Vaike-Kopu_(Puiatu)_vallavalitsus, lk 32
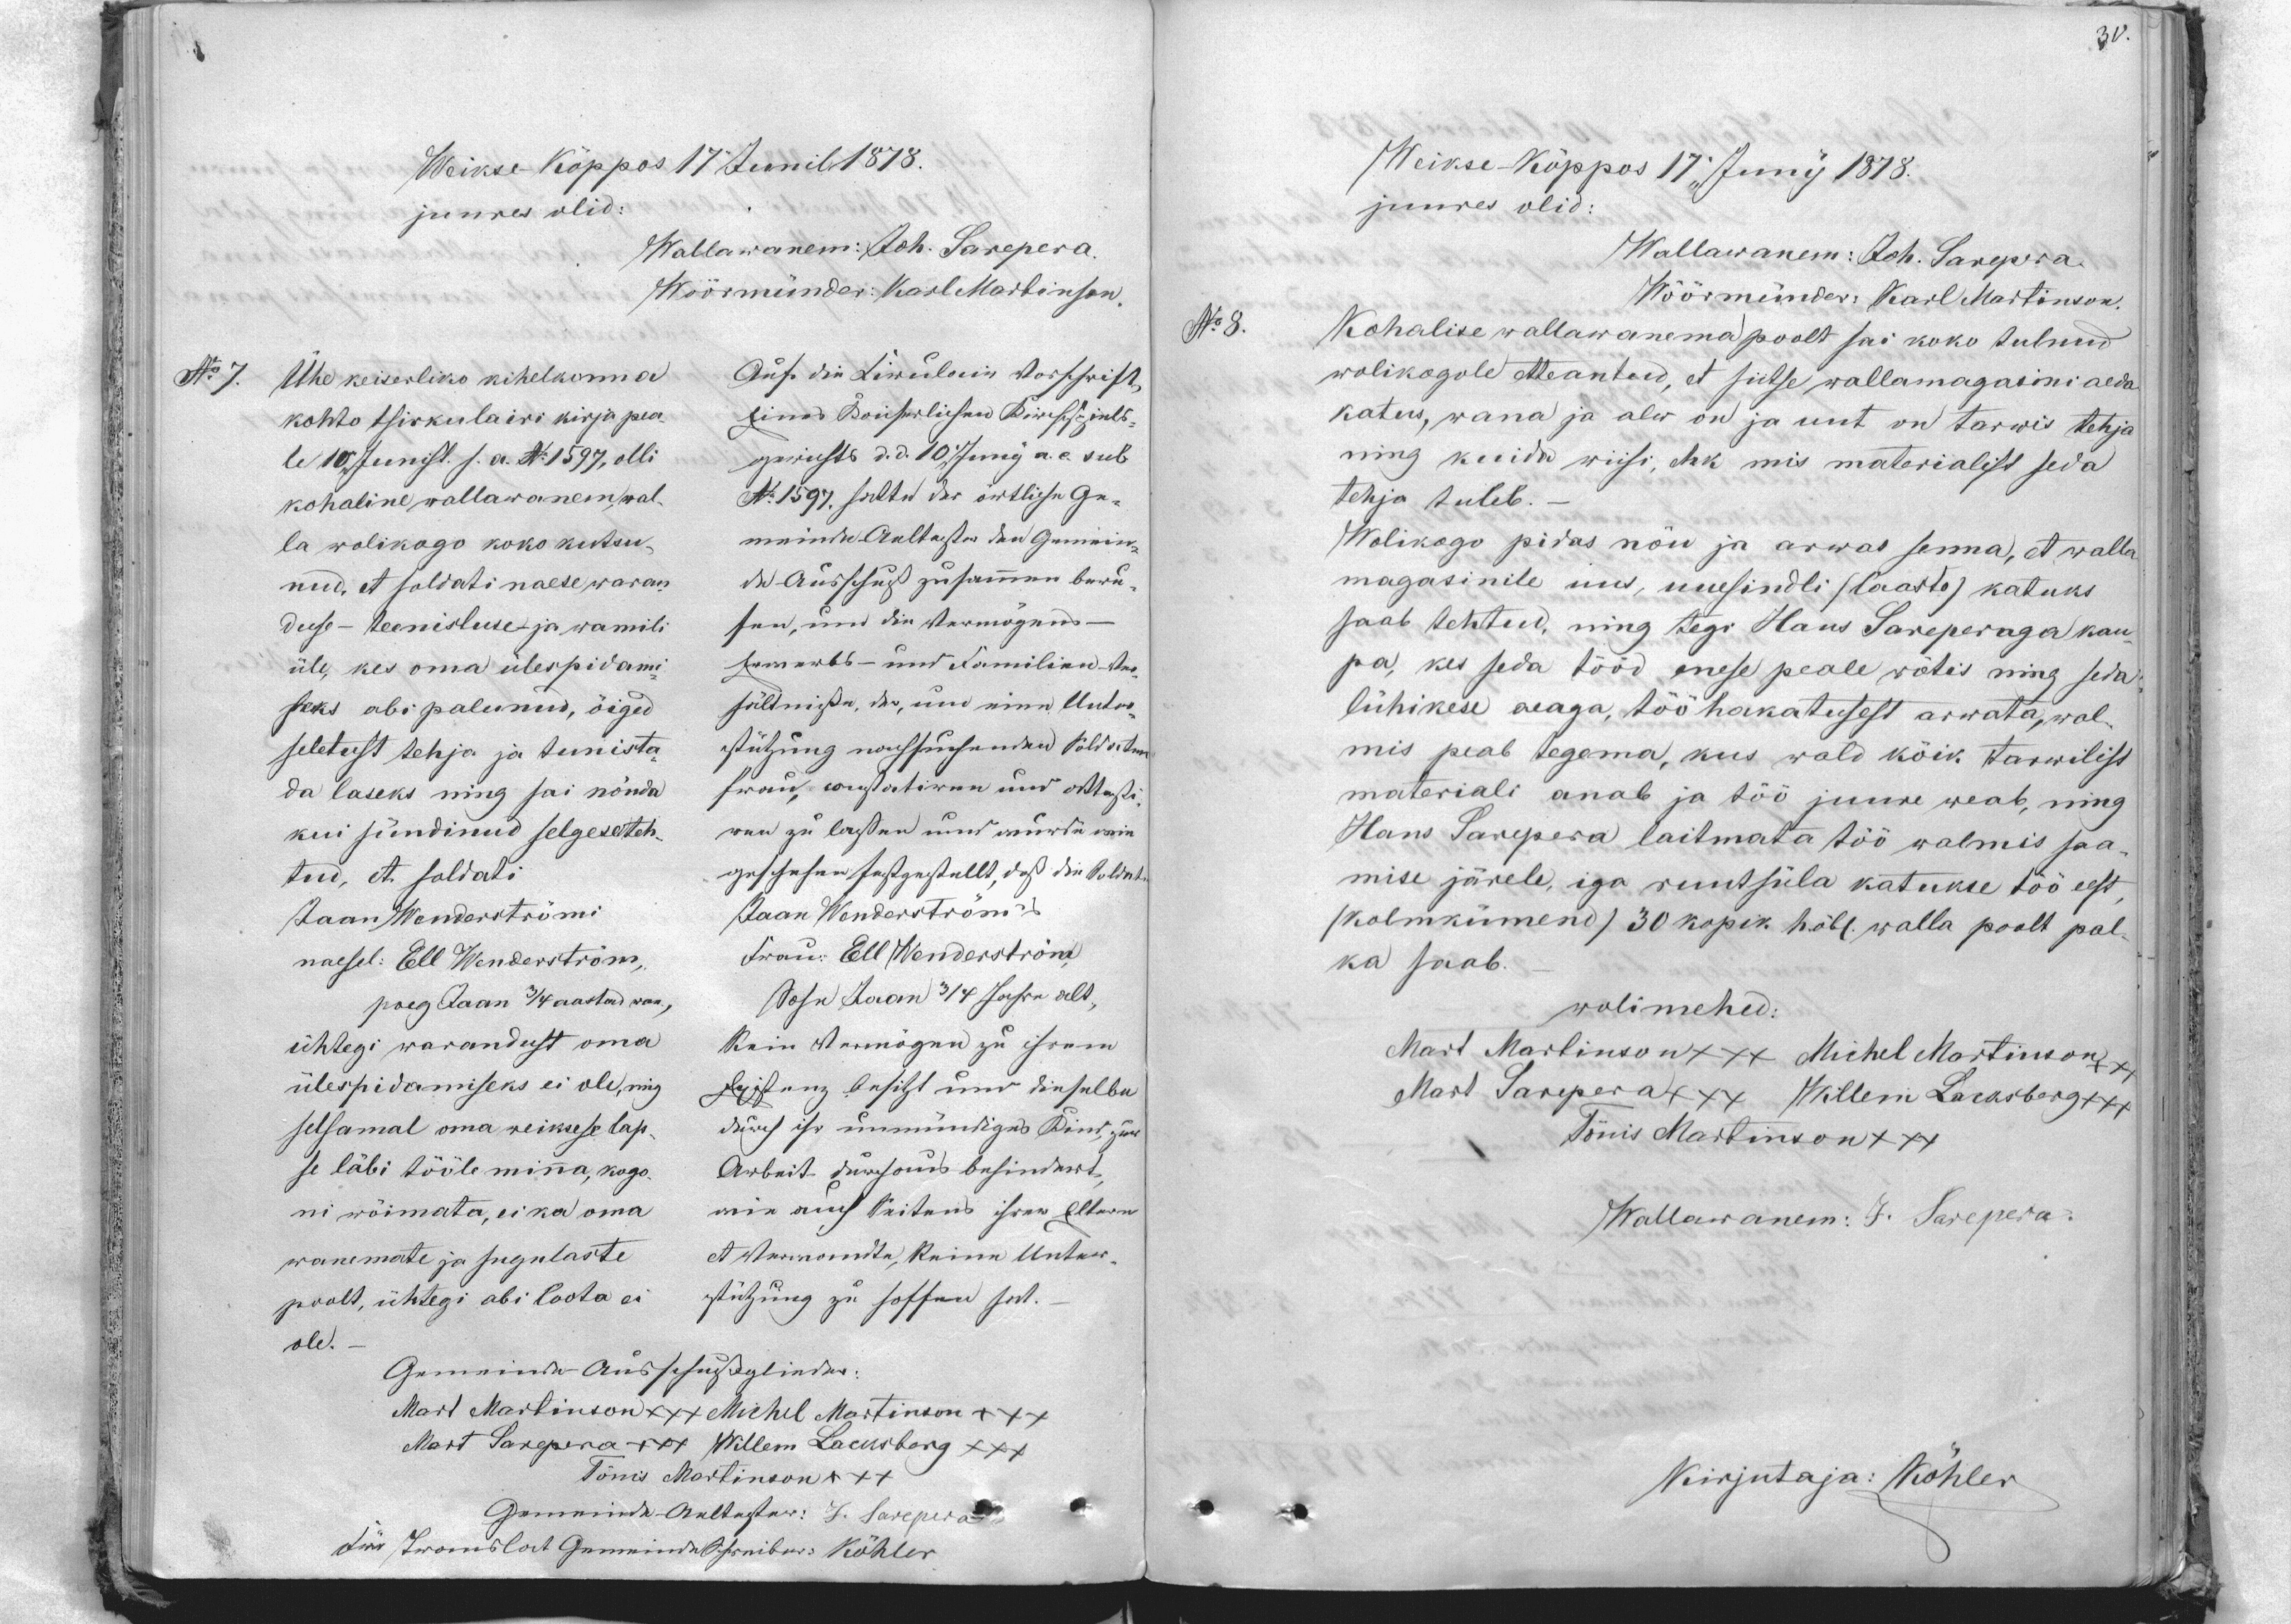
30.

Weikse Kõppos 17 Junil 1878.
juures olid:
Wallawanem: Joh. Sarepera.
Wöörmünder: Karl Martinson
Nr 7. Ühe keiserliko kihelkonna
Ado dia Liwõloerin kortsrist,
kohto tsirkulairi kirja pea
linud Roiserliku Riwi selle in 15.
le 10 Junist. s.a. No 1597, olli
ogarjusts d. d. 10 j./Nng a.e. sub
kohaline wallawanem wal-
N: 1597. sõttu das õwtliku Ga-
la wolikogo koko kutsu-
mõindu Aultusta San Gommik
nud, et soldati naese waran-
M. Russisud pühammu burda-
duse-teenistuse ja wamili
son, nüd sia Armõgund -
üle, kes oma ülespidami-
я золельвя ття сдатяни-де-
seks abi palunud, öiged
põllmista, drs, õnn nõnn Uutro-
seletust tehja ja tunista-
sütsing noussühisundud koldsetud
da laseks ning sai nõnda
fwani, wastoetiwun nii õhtusti-
kui sündinud selgeseteh-
onn asi lastnu mind mõrtsa oma
tud, et soldati
igustus on jutgus tullt, dus din Soldati
Jaan Wenderströmi
Jaan Wenderström
naesel: Ell Wenderström,
Iwand: Ell (Wenderströna)
poeg Jaan 3/4 aastad wan,
Aosu Jaan 31st Jaan alt,
ühtegi warandust oma
Kain Armõgin ja isram
ülespidamiseks ei ole, ning
Juhlong Onist sms dinsulba
selsamal oma weikese lap-
siwes isi innnudigus Pönt, jwa
se läbi tööle minna, kogo-
Arwbrit Jürsonid basindawt
ni wõimata, ei ka oma
min aius täitand israw ellawad
wanemate ja sugulaste
et Abramowita, Kaimu Untwer-
poolt, ühtegi abi loota ei
Kühing ja sõppud sel.
ole.
Gamainda Andresugheglindus:
Mart Martinson xxx Michel Martinson +++
Mart Sarepera xxx Willem Lacksberg +++
Tõnis Martinson +++
Gomminda-Gultustaw: J. Saveper
Jõu Iwanglat Gümninda Sp. nibus: Köhler

Meikse Kõppos 17 " Junij 1878.
juures olid:
Wallawanem: Joh. Sarepera.
No 8.
Wöörmünder Karl Martinson.
Kohalise wallawanema poolt sai koko tulnud
wolikogole etteantud, et siitse wallamagasini aeda
katus, wana ja alw on ja uut on tarwis tehja
ning kuidu wiisi, ehk mis materialist seda
tehja tuleb.
Wolikogo pidas nõu ja arwas senna, et walla
magasinile uus, uuesindli (laasto) katuks
saab tehtud, ning tegi Hans Sareperaga kau-
pa, kes seda tööd enese peale wõtis ning seda
lühikese aeaga, töö hakatusest arwata, wal-
mis peab tegema, kus wald kõik tarwilist
materiali anab ja töö juure weab, ning
Hans Sarepera laitmata töö walmis saa-
mise järele, iga ruutsüla katukse töö eest
(kolmkümend) 30 kopik hõbe. walla poolt pal-
ka saab.
wolimehed:
Mart Martinson xxx Michel Martinson +++
Mart Sarepera xxx Willem Lacksberg +++
Tönis Martinson +++
Wallawanem: J. Sarepera.
Kirjutaja: Köhler